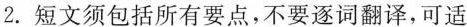
2.短文须包括所有要点，不要逐词翻译，可适